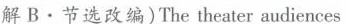
解B.节选改编)The theater audiences